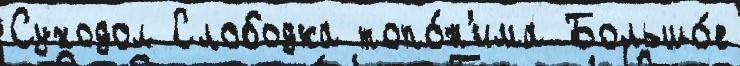
Суходол Слободка топо́н'има Большо́е